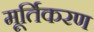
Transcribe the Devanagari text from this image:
मूर्तिकरण